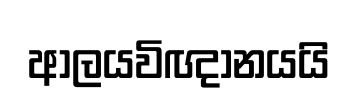
ආලයවිඥානයයි